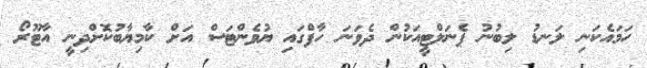
ހަަމައެކަނި ލަނޑު ލިބުނު ޕެނަލްޓީއަކުން ދެވަނަ ހާފްގައި ޔުވެންޓަސް އަށް ކާމިޔާބުކޮށްދިނީ އާޓޫރޯ